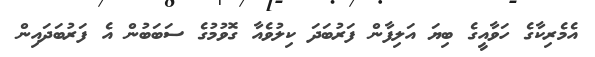
އެމެރިކާގެ ހަވާއީގެ ބިޔަ އަލިފާން ފަރުބަދަ ކިލުވެއާ ގޮވުމުގެ ސަބަބުން އެ ފަރުބަދައިން